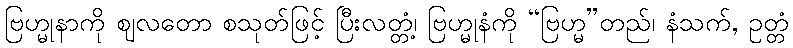
ဗြဟ္မုနာကို ဈလတော စသုတ်ဖြင့် ပြီးလတ္တံ့၊ ဗြဟ္မုနံကို “ဗြဟ္မ”တည်၊ နံသက်, ဥတ္တံ